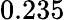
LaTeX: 0.235